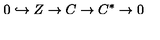
0 \hookrightarrow { } Z \rightarrow { } C \rightarrow { } C ^ { * } \rightarrow { } 0